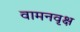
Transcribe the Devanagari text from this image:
वामनवृक्ष